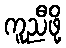
ကူညီဖို့